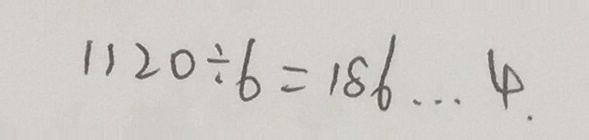
1 1 2 0 \div 6 = 1 8 6 \cdots 4 \cdot